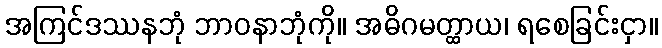
အကြင်ဒဿနဘုံ ဘာဝနာဘုံကို။ အဓိဂမတ္ထာယ၊ ရစေခြင်းငှာ။